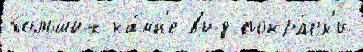
больших ка́мн'е в'ид покра́ск'и